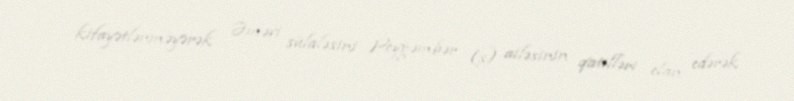
kifayətlənməyərək Əməvi sülaləsini Peyğəmbər (s) ailəsinin qatilləri elan edərək